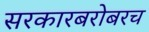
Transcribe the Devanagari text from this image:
सरकारबरोबरच